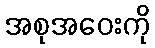
အစုအဝေးကို